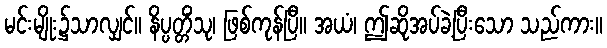
မင်းမျိုး၌သာလျှင်။ နိပ္ပတ္တိံသု၊ ဖြစ်ကုန်ပြီ။ အယံ၊ ဤဆိုအပ်ခဲ့ပြီးသော သည်ကား။